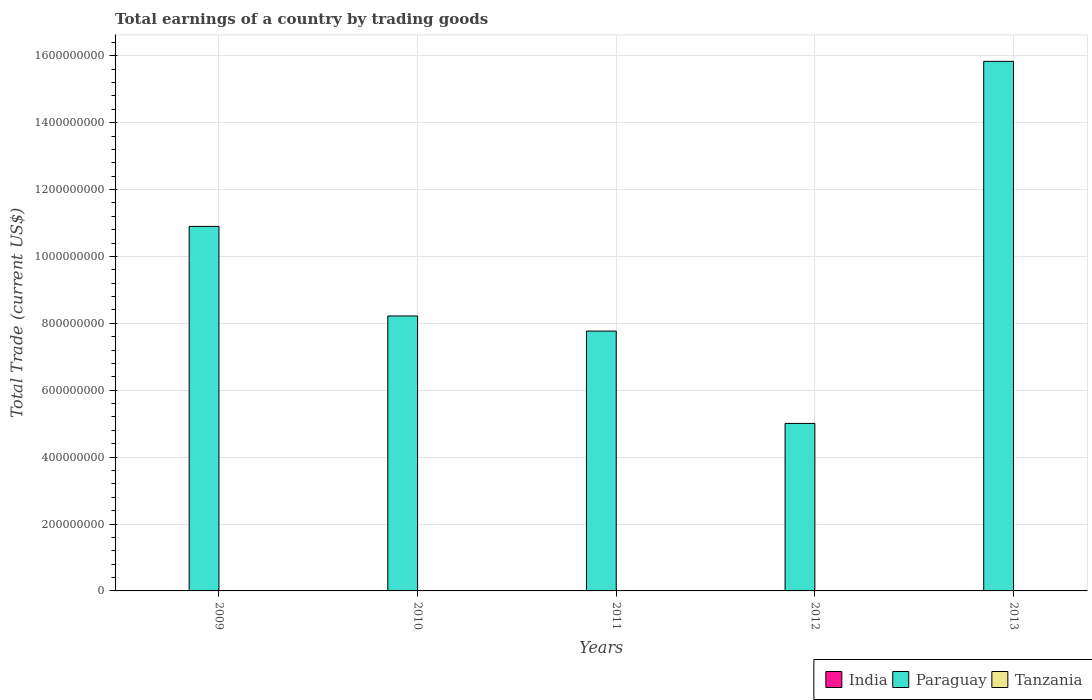
| Years | India | Paraguay | Tanzania |
 | --- | --- | --- | --- |
 | 2009 | -8e+10 | 1.09e+09 | -2.54e+09 |
 | 2010 | -9.34e+10 | 8.22e+08 | -2.84e+09 |
 | 2011 | -1.2e+11 | 7.77e+08 | -4.73e+09 |
 | 2012 | -1.52e+11 | 5.01e+08 | -4.43e+09 |
 | 2013 | -1.15e+11 | 1.58e+09 | -5.77e+09 |